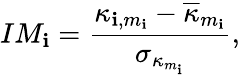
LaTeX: IM_{\mathbf{i}}=\frac{{\kappa_{\mathbf{i},m_{\mathbf{i}}}-\overline{{{\kappa}}}_{m_{\mathbf{i}}}}}{{\sigma_{\kappa_{m_{\mathbf{i}}}}}},